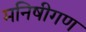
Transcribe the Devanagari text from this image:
मनिषीगण